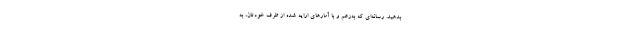
بدهيد. رسانه‌اي كه به‌زعم و با آمارهاي ارايه شده از طرف خودتان، به